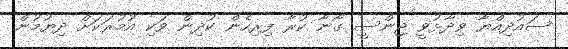
ސައުދިއްޔާ ވިދާޅުވީ ޖިންސީ ގޯނާ ކުރާ ފިރިހެން ކުދިން ވަކި އުމުރަކަށް ދިޔުމުން